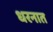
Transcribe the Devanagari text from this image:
धरनात